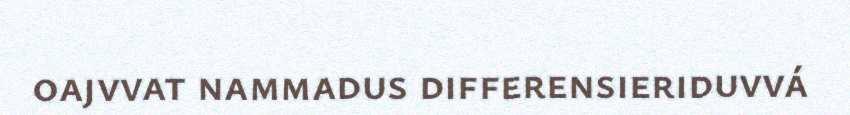
oajvvat nammadus differensieriduvvá